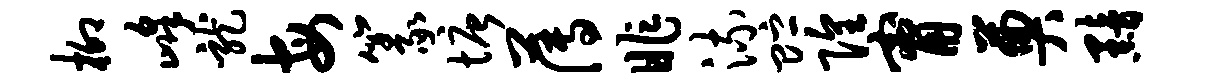
柳峰龙每篆塘薄昨流贮隍甯奠黯